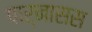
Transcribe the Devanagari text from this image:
पार्नासस